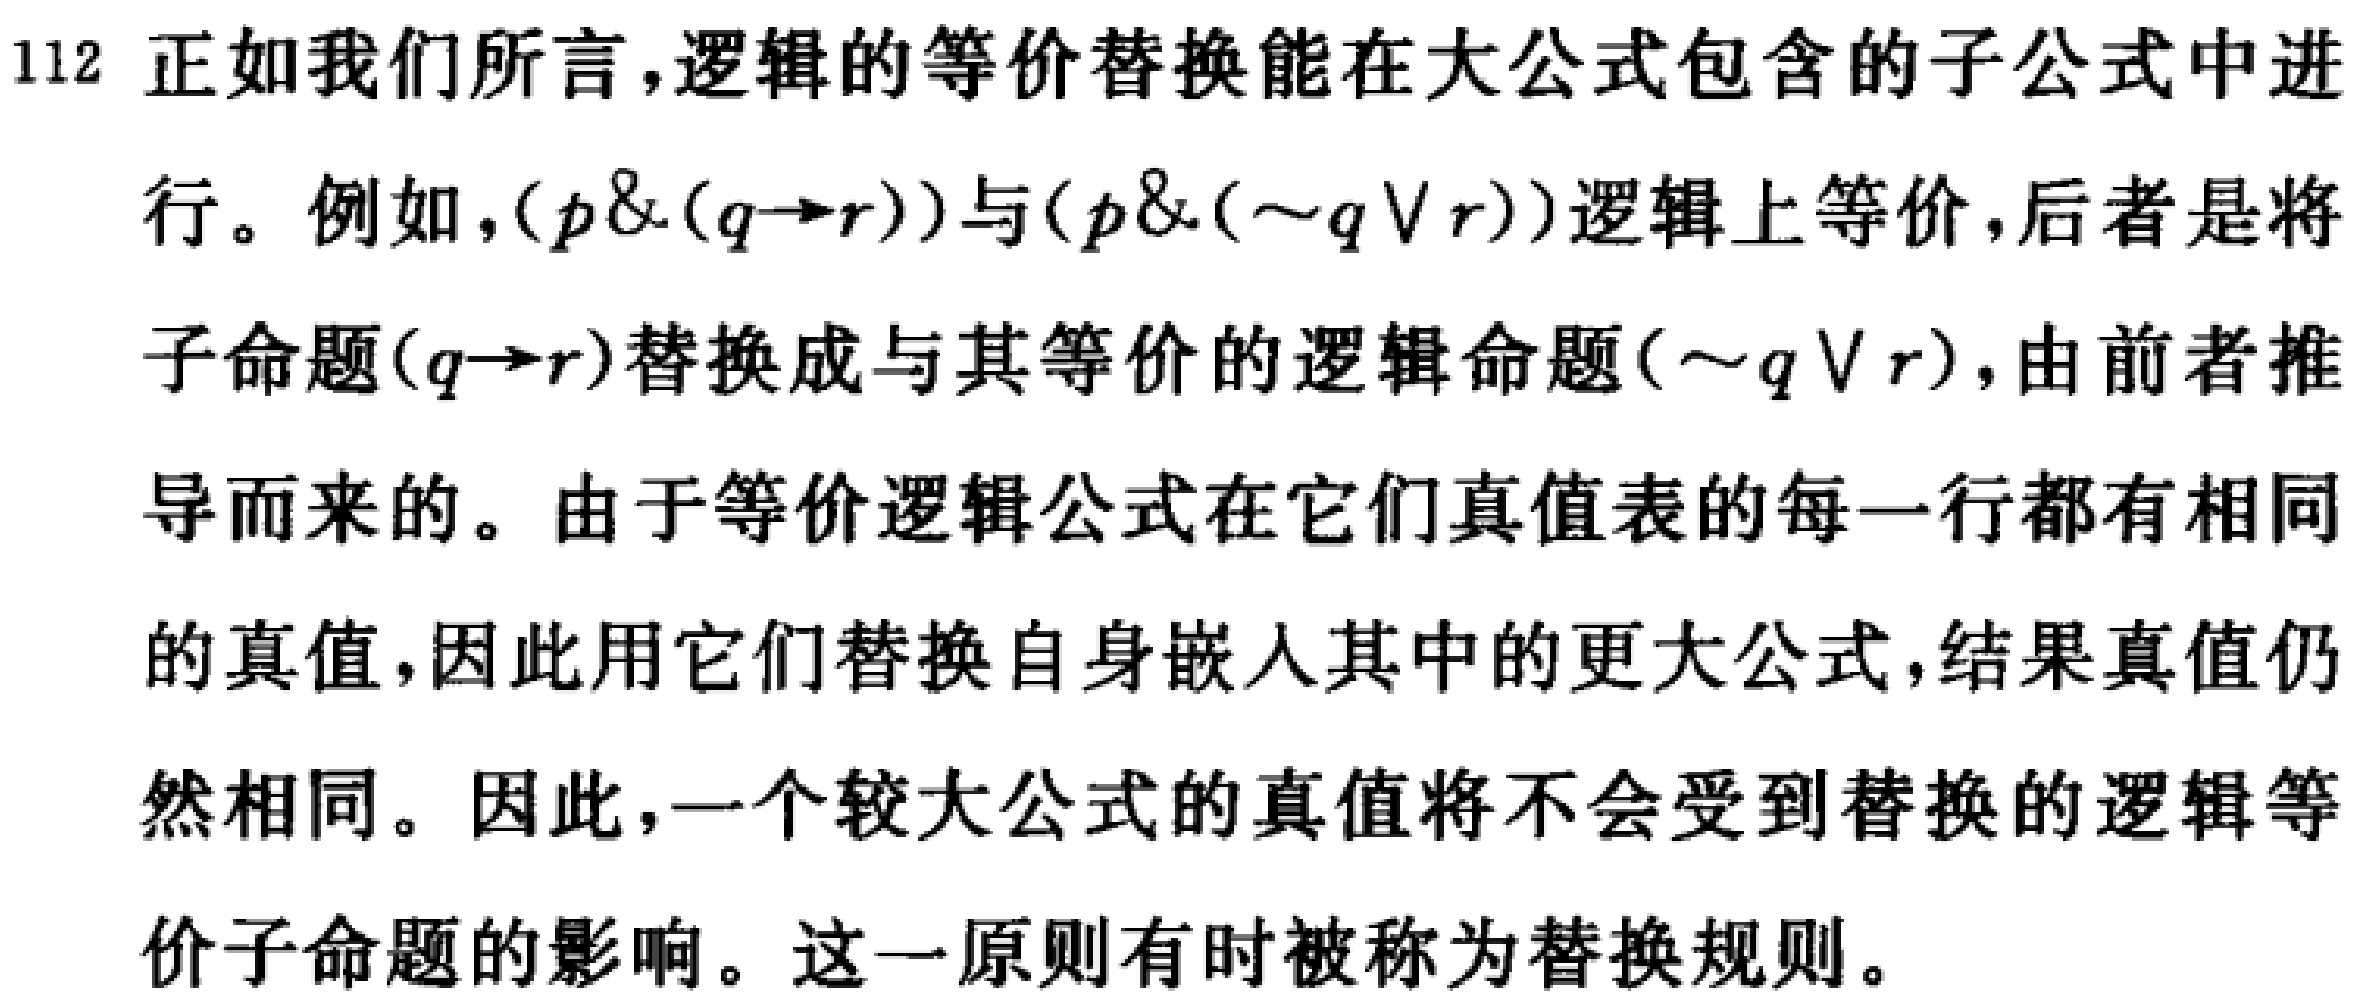
112 正如我们所言,逻辑的等价替换能在大公式包含的子公式中进
行。例如，\((p\&(q\rightarrow r))\)与\((p\&(\sim q\vee r))\)逻辑上等价，后者是将
子命题\((q\rightarrow r)\)替换成与其等价的逻辑命题\((\sim q\vee r)\)，由前者推
导而来的。由于等价逻辑公式在它们真值表的每一行都有相同
的真值，因此用它们替换自身嵌入其中的更大公式，结果真值仍
然相同。因此，一个较大公式的真值将不会受到替换的逻辑等
价子命题的影响。这一原则有时被称为替换规则。